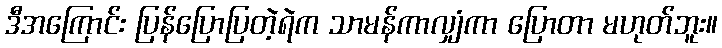
ဒီအကြောင်း ပြန်ပြောပြတဲ့ရဲက သာမန်ကာလျှံကာ ပြောတာ မဟုတ်ဘူး။